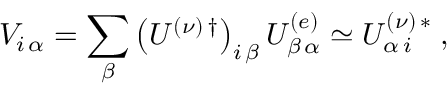
V _ { i \, \alpha } = \sum _ { \beta } \left( U ^ { ( \nu ) \, \dagger } \right) _ { i \, \beta } U _ { \beta \, \alpha } ^ { ( e ) } \simeq U _ { \alpha \, i } ^ { ( \nu ) \, * } \; ,